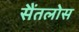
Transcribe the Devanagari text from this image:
सैंतलोस